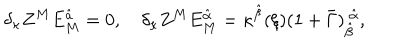
\delta _ { \kappa } Z ^ { M } E _ { M } ^ { \hat { a } } = 0 , \quad \delta _ { \kappa } Z ^ { M } E _ { M } ^ { \hat { \alpha } } = \kappa ^ { \hat { \beta } } ( \xi ) ( 1 + \bar { \Gamma } ) _ { \hat { \beta } } ^ { ~ \hat { \alpha } } ,